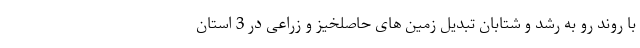
با روند رو به رشد و شتابان تبدیل زمین های حاصلخیز و زراعی در 3 استان